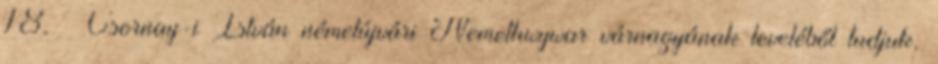
18. – Csornay-i István németújvári Nemethwywar várnagyának leveléből tudjuk,